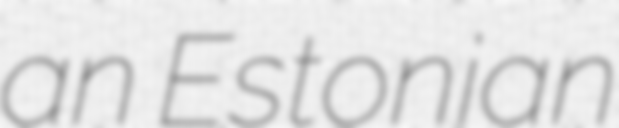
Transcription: an Estonian